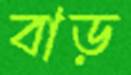
বাড়